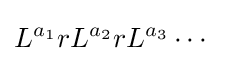
L^{a_{1}}rL^{a_{2}}rL^{a_{3}}\cdots